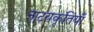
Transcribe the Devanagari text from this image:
नाटयकृतियाँ